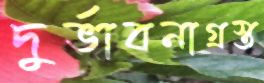
দুর্ভাবনাগ্রস্ত